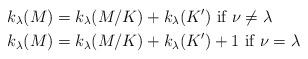
LaTeX: \begin{align*}&k_\lambda(M) = k_\lambda(M/K) + k_\lambda(K') \mbox{ if } \nu \neq \lambda\\&k_\lambda(M) = k_\lambda(M/K) + k_\lambda(K') + 1 \mbox{ if } \nu = \lambda \end{align*}